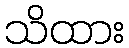
သိထား